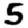
Digit: 5